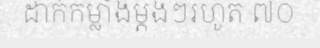
ដាក់កម្លាំងម្តងៗរហូត ៧០